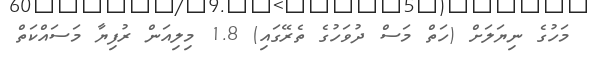
މަހުގެ ނިޔަލަށް (ހަތް މަސް ދުވަހުގެ ތެރޭގައި) 1.8 މިލިއަން ރުފިޔާ މަސައްކަތް